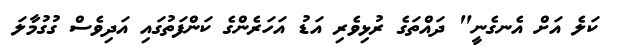
ކަލެ އަށް އެނގެނީ" ދައްތަގެ ރުޅިވެރި އަޑު އަހަރެންގެ ކަންފަތުގައި އަދިވެސް ގުގުމާލަ